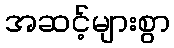
အဆင့်များစွာ